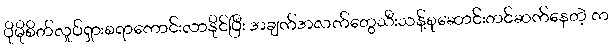
ပိုမိုစိတ်လှုပ်ရှားစရာကောင်းလာနိုင်ပြီး အချက်အလက်တွေသီးသန့်စုဆောင်းတင်ဆက်နေတဲ့ က